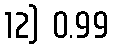
12) 0.99